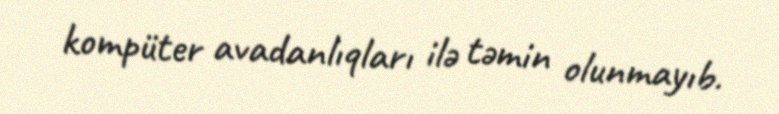
kompüter avadanlıqları ilə təmin olunmayıb.